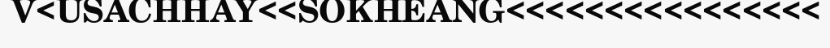
V<USACHHAY<<SOKHEANG<<<<<<<<<<<<<<<<